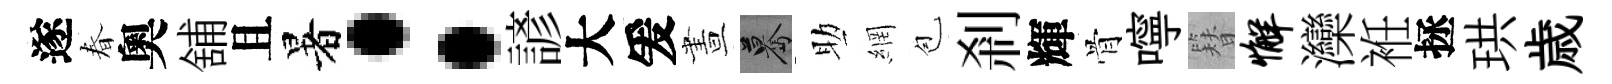
遂春奧舖且暑：諺大爰晝驀助網苞剎輝骨嚀簪懈灤袵拯珙歳